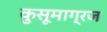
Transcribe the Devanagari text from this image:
कुसूमाग्रज